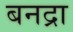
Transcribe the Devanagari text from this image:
बनद्रा